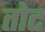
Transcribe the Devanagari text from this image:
तोट